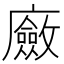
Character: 𢋻